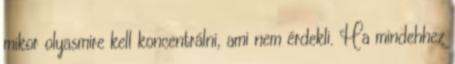
mikor olyasmire kell koncentrálni, ami nem érdekli. Ha mindehhez